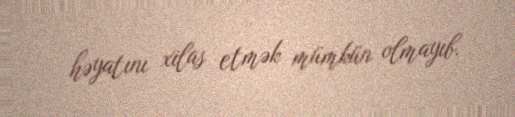
həyatını xilas etmək mümkün olmayıb.